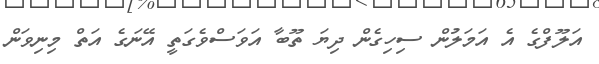
އަލޫފްގެ އެ އަމަލުން ސިހިގެން ދިޔަ ތޫބާ އަވަސްވެގަތީ އޭނަގެ އަތް މިނިވަން